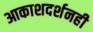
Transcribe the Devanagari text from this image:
आकाशदर्शनही